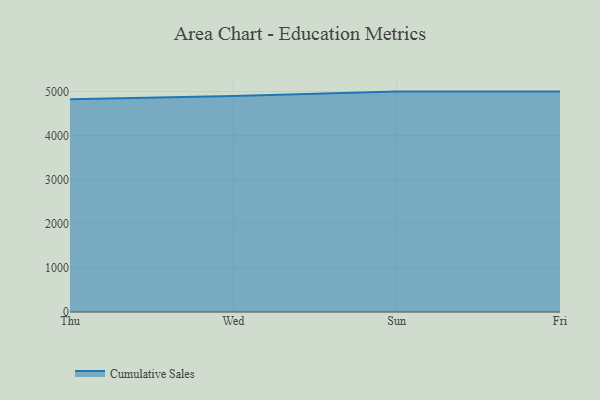
{"axis": {"x": "Day", "y": "Operating Costs (USD K)"}, "legend": ["Cumulative Sales"], "data": [{"x": "Thu", "y": 4829.2, "type": "Cumulative Sales"}, {"x": "Wed", "y": 4900.9, "type": "Cumulative Sales"}, {"x": "Sun", "y": 5000, "type": "Cumulative Sales"}, {"x": "Fri", "y": 5000, "type": "Cumulative Sales"}]}